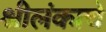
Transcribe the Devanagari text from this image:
श्रीलंकाचे